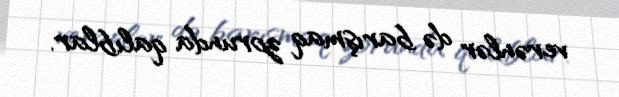
verənlər də barışmaq zorunda qalıblar.